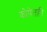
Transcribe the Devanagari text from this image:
झोपेतही